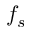
f _ { s }